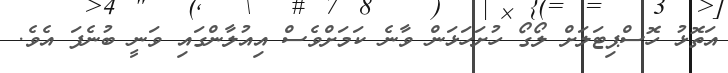
އަތޮޅު ހޮސްޕިޓަލަށް ލޯގޯ ހުށަހަޅަން ވާނެ ކަމަށްވެސް އިއުލާންގައި ވަނީ ބުނެފަ އެވެ.